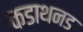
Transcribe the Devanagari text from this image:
कडाथनड